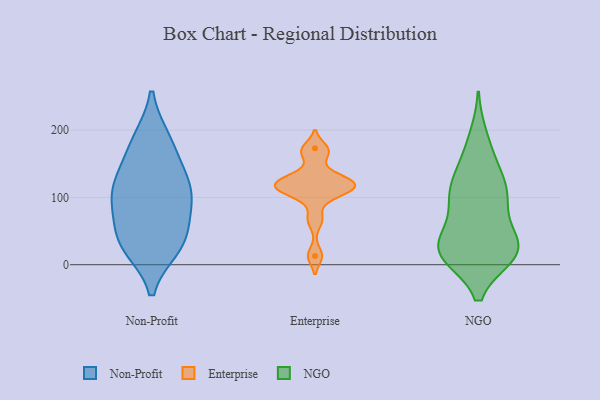
{"axis": {"x": "Waste Production (Tons)", "y": "Value"}, "legend": ["Enterprise", "NGO", "Non-Profit"], "data": [{"x": "", "y": 183, "type": "Non-Profit"}, {"x": "", "y": 92, "type": "Non-Profit"}, {"x": "", "y": 42, "type": "Non-Profit"}, {"x": "", "y": 84, "type": "Non-Profit"}, {"x": "", "y": 185, "type": "Non-Profit"}, {"x": "", "y": 115, "type": "Non-Profit"}, {"x": "", "y": 35, "type": "Non-Profit"}, {"x": "", "y": 145, "type": "Non-Profit"}, {"x": "", "y": 105, "type": "Non-Profit"}, {"x": "", "y": 31, "type": "Non-Profit"}, {"x": "", "y": 120, "type": "Non-Profit"}, {"x": "", "y": 27, "type": "Non-Profit"}, {"x": "", "y": 122, "type": "Enterprise"}, {"x": "", "y": 134, "type": "Enterprise"}, {"x": "", "y": 119, "type": "Enterprise"}, {"x": "", "y": 123, "type": "Enterprise"}, {"x": "", "y": 67, "type": "Enterprise"}, {"x": "", "y": 113, "type": "Enterprise"}, {"x": "", "y": 165, "type": "Enterprise"}, {"x": "", "y": 101, "type": "Enterprise"}, {"x": "", "y": 13, "type": "Enterprise"}, {"x": "", "y": 173, "type": "Enterprise"}, {"x": "", "y": 112, "type": "Enterprise"}, {"x": "", "y": 26, "type": "NGO"}, {"x": "", "y": 95, "type": "NGO"}, {"x": "", "y": 15, "type": "NGO"}, {"x": "", "y": 20, "type": "NGO"}, {"x": "", "y": 15, "type": "NGO"}, {"x": "", "y": 118, "type": "NGO"}, {"x": "", "y": 77, "type": "NGO"}, {"x": "", "y": 113, "type": "NGO"}, {"x": "", "y": 113, "type": "NGO"}, {"x": "", "y": 27, "type": "NGO"}, {"x": "", "y": 166, "type": "NGO"}, {"x": "", "y": 189, "type": "NGO"}, {"x": "", "y": 17, "type": "NGO"}, {"x": "", "y": 21, "type": "NGO"}, {"x": "", "y": 92, "type": "NGO"}, {"x": "", "y": 25, "type": "NGO"}, {"x": "", "y": 35, "type": "NGO"}, {"x": "", "y": 137, "type": "NGO"}]}